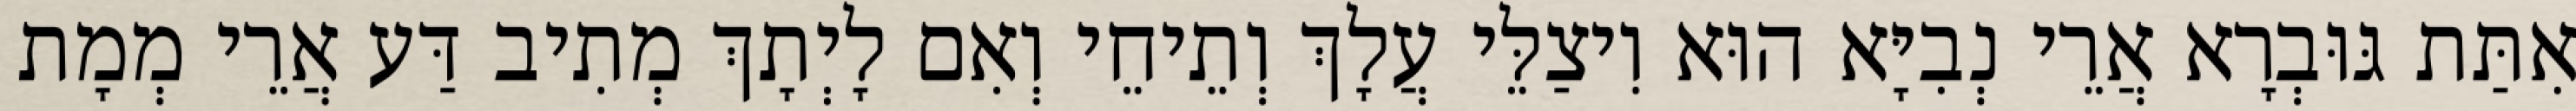
אִתַּת גּוּבְרָא אֲרֵי נְבִיָּא הוּא וִיצַלֵּי עֲלָךְ וְתֵיחֵי וְאִם לָיְתָךְ מְתִיב דַּע אֲרֵי מְמָת